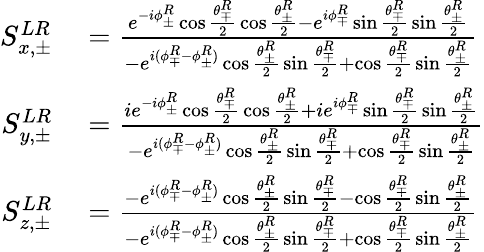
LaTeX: \begin{array}{rl}{S_{x,\pm}^{LR}}&{{}=\frac{e^{-i\phi_{\pm}^{R}}\cos{\frac{\theta_{\mp}^{R}}{2}}\cos{\frac{\theta_{\pm}^{R}}{2}}-e^{i\phi_{\mp}^{R}}\sin{\frac{\theta_{\mp}^{R}}{2}}\sin{\frac{\theta_{\pm}^{R}}{2}}}{-e^{i(\phi_{\mp}^{R}-\phi_{\pm}^{R})}\cos{\frac{\theta_{\pm}^{R}}{2}}\sin{\frac{\theta_{\mp}^{R}}{2}}+\cos{\frac{\theta_{\mp}^{R}}{2}}\sin{\frac{\theta_{\pm}^{R}}{2}}}}\\ {S_{y,\pm}^{LR}}&{{}=\frac{ie^{-i\phi_{\pm}^{R}}\cos{\frac{\theta_{\mp}^{R}}{2}}\cos{\frac{\theta_{\pm}^{R}}{2}}+ie^{i\phi_{\mp}^{R}}\sin{\frac{\theta_{\mp}^{R}}{2}}\sin{\frac{\theta_{\pm}^{R}}{2}}}{-e^{i(\phi_{\mp}^{R}-\phi_{\pm}^{R})}\cos{\frac{\theta_{\pm}^{R}}{2}}\sin{\frac{\theta_{\mp}^{R}}{2}}+\cos{\frac{\theta_{\mp}^{R}}{2}}\sin{\frac{\theta_{\pm}^{R}}{2}}}}\\ {S_{z,\pm}^{LR}}&{{}=\frac{-e^{i(\phi_{\mp}^{R}-\phi_{\pm}^{R})}\cos{\frac{\theta_{\pm}^{R}}{2}}\sin{\frac{\theta_{\mp}^{R}}{2}}-\cos{\frac{\theta_{\mp}^{R}}{2}}\sin{\frac{\theta_{\pm}^{R}}{2}}}{-e^{i(\phi_{\mp}^{R}-\phi_{\pm}^{R})}\cos{\frac{\theta_{\pm}^{R}}{2}}\sin{\frac{\theta_{\mp}^{R}}{2}}+\cos{\frac{\theta_{\mp}^{R}}{2}}\sin{\frac{\theta_{\pm}^{R}}{2}}}}\end{array}